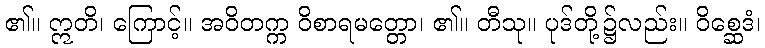
၏။ ဣတိ၊ ကြောင့်။ အဝိတက္က ဝိစာရမတ္တော၊ ၏။ တီသု။ ပုဒ်တို့၌လည်း။ ဝိစ္ဆေဒံ၊